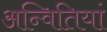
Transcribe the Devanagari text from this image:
अन्वितियां